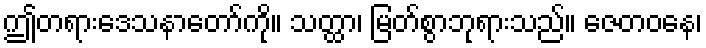
ဤတရားဒေသနာတော်ကို။ သတ္ထာ၊ မြတ်စွာဘုရားသည်။ ဇေတဝနေ၊